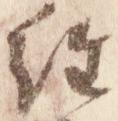
経